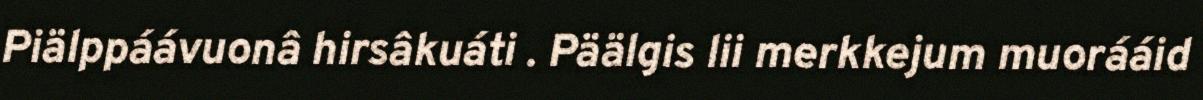
Piälppáávuonâ hirsâkuáti . Päälgis lii merkkejum muorááid